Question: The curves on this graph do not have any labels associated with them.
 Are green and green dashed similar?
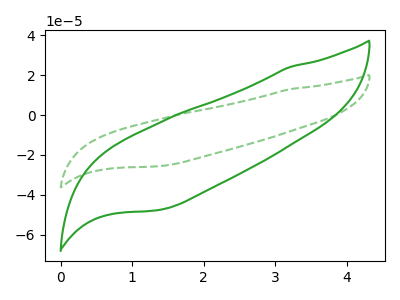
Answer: <think>The green curve "green" has no peaks. The green dashed curve "green dashed" has no peaks.
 Neither "green" or "green dashed" have any peaks.</think>
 <answer>"green" and "green dashed" are similar in shape.</answer>
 <eval>same_shape</eval>